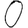
Digit: 0